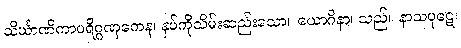
သိင်္ဃာဏိကာပရိဂ္ဂဏှကေန၊ နှပ်ကိုသိမ်းဆည်းသော။ ယောဂိနာ၊ သည်။ နာသပုဋေ၊